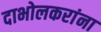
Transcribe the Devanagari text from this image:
दाभोलकरांना